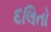
દલિતો